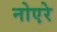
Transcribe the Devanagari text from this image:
नोएरे